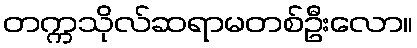
တက္ကသိုလ်ဆရာမတစ်ဦးလော။